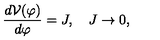
\frac { d { \cal V } ( \varphi ) } { d \varphi } = J , \quad J \to 0 ,